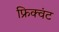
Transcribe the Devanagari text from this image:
फ्रिक्वंट